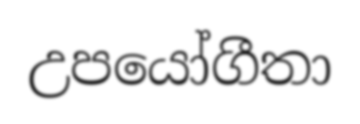
උපයෝගීතා